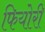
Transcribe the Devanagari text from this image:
फियोरी